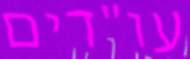
עו"דים